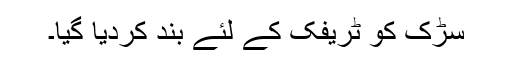
سڑک کو ٹریفک کے لئے بند کردیا گیا۔